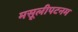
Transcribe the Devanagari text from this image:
मसूलीपटनम